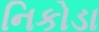
નિકોડા